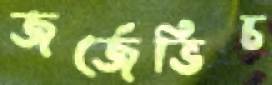
জর্জেভিচ